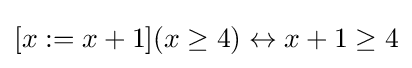
[x:=x+1](x\geq 4)\leftrightarrow x+1\geq 4\,\!